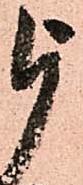
被